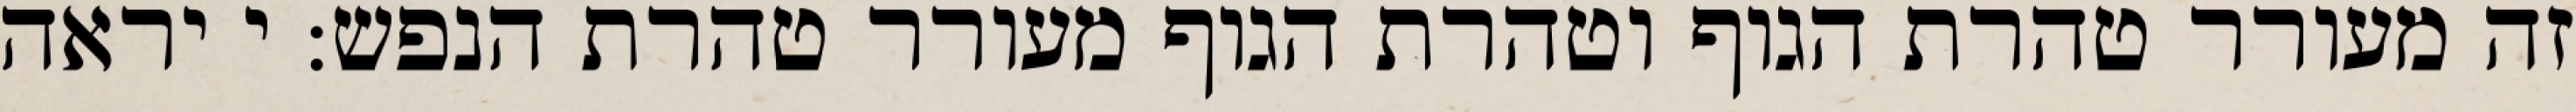
זה מעורר טהרת הגוף וטהרת הגוף מעורר טהרת הנפש: י יראה